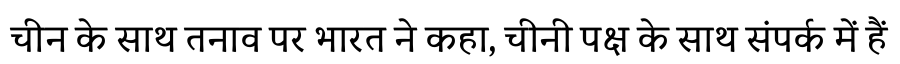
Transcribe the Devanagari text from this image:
चीन के साथ तनाव पर भारत ने कहा, चीनी पक्ष के साथ संपर्क में हैं